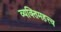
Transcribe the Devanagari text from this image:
व्यक्‍तिमहत्त्व